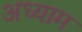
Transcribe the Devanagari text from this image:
अध्याम